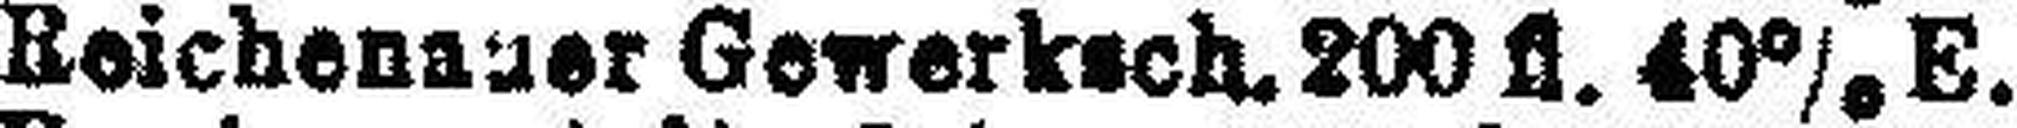
Beichenauer Gewerksch. 200 fl. 40% E.